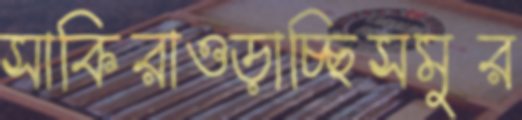
সাকিরাওড়াচ্ছিসমুর